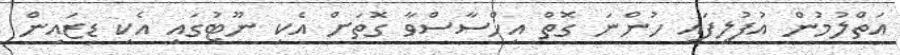
އަތްލުމުން އުފުލިފައި ހުންނަ ގޮތް އިހްސާސްވާ ގޮތަށް އެކި ނޫޓުގައި އެކި ޑިޒައިން